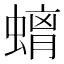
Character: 𮔮